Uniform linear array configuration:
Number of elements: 12
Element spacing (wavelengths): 1
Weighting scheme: hann
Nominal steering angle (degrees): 60
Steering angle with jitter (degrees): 58.503
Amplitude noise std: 0.05
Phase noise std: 0.05

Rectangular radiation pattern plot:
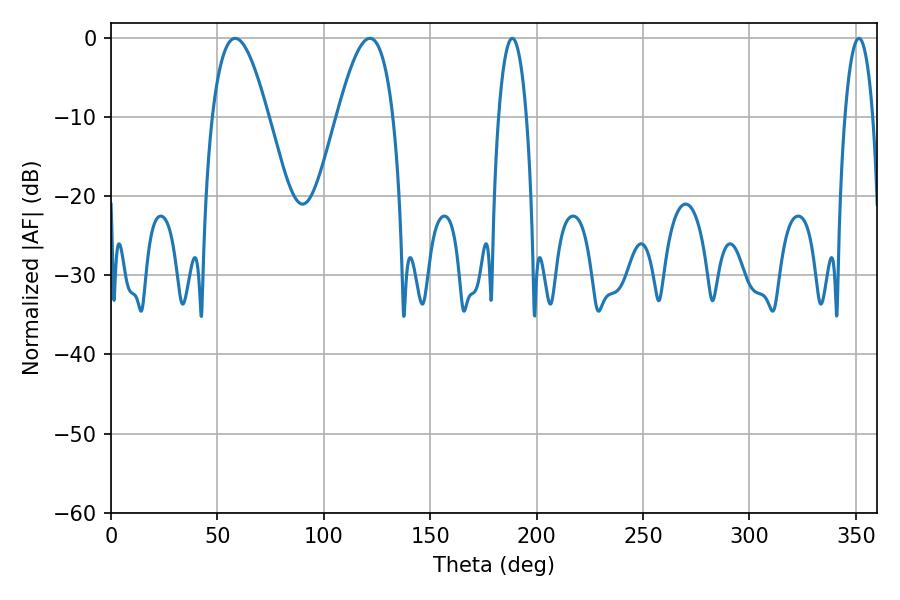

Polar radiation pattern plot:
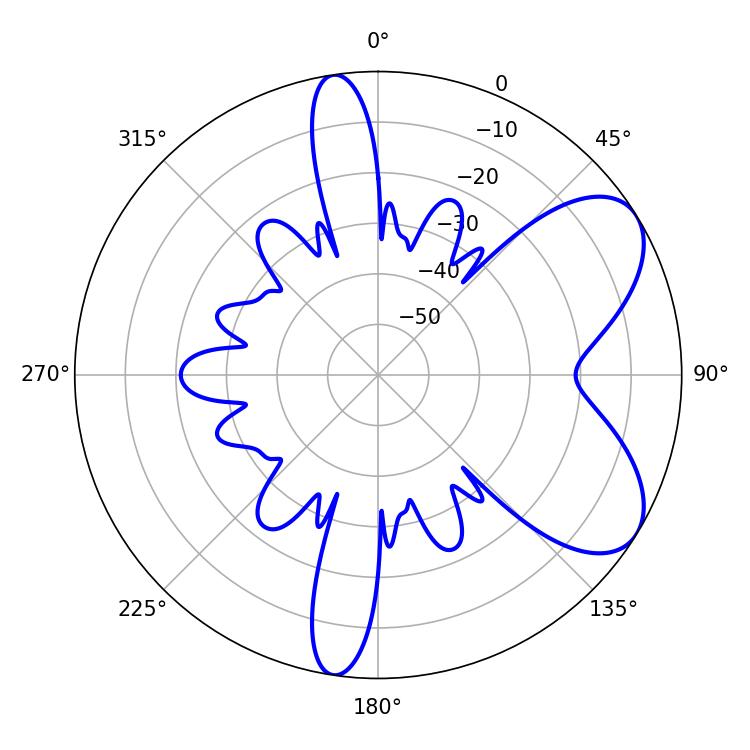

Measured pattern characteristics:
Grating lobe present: TRUE
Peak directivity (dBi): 6.724
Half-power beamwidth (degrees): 14.22
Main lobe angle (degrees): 58.32